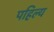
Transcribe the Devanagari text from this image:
पहिल्य